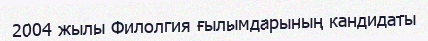
2004 жылы Филолгия ғылымдарының кандидаты